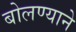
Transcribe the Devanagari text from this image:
बोलण्याने